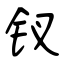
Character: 钗